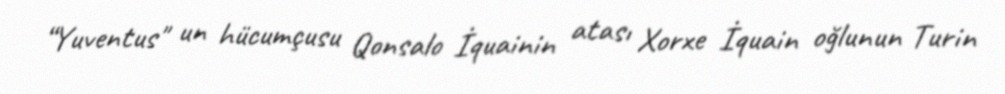
“Yuventus" un hücumçusu Qonsalo İquainin atası Xorxe İquain oğlunun Turin